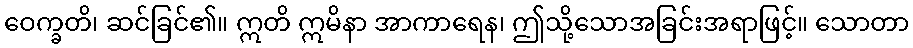
ဝေက္ခတိ၊ ဆင်ခြင်၏။ ဣတိ ဣမိနာ အာကာရေန၊ ဤသို့သောအခြင်းအရာဖြင့်။ သောတာ